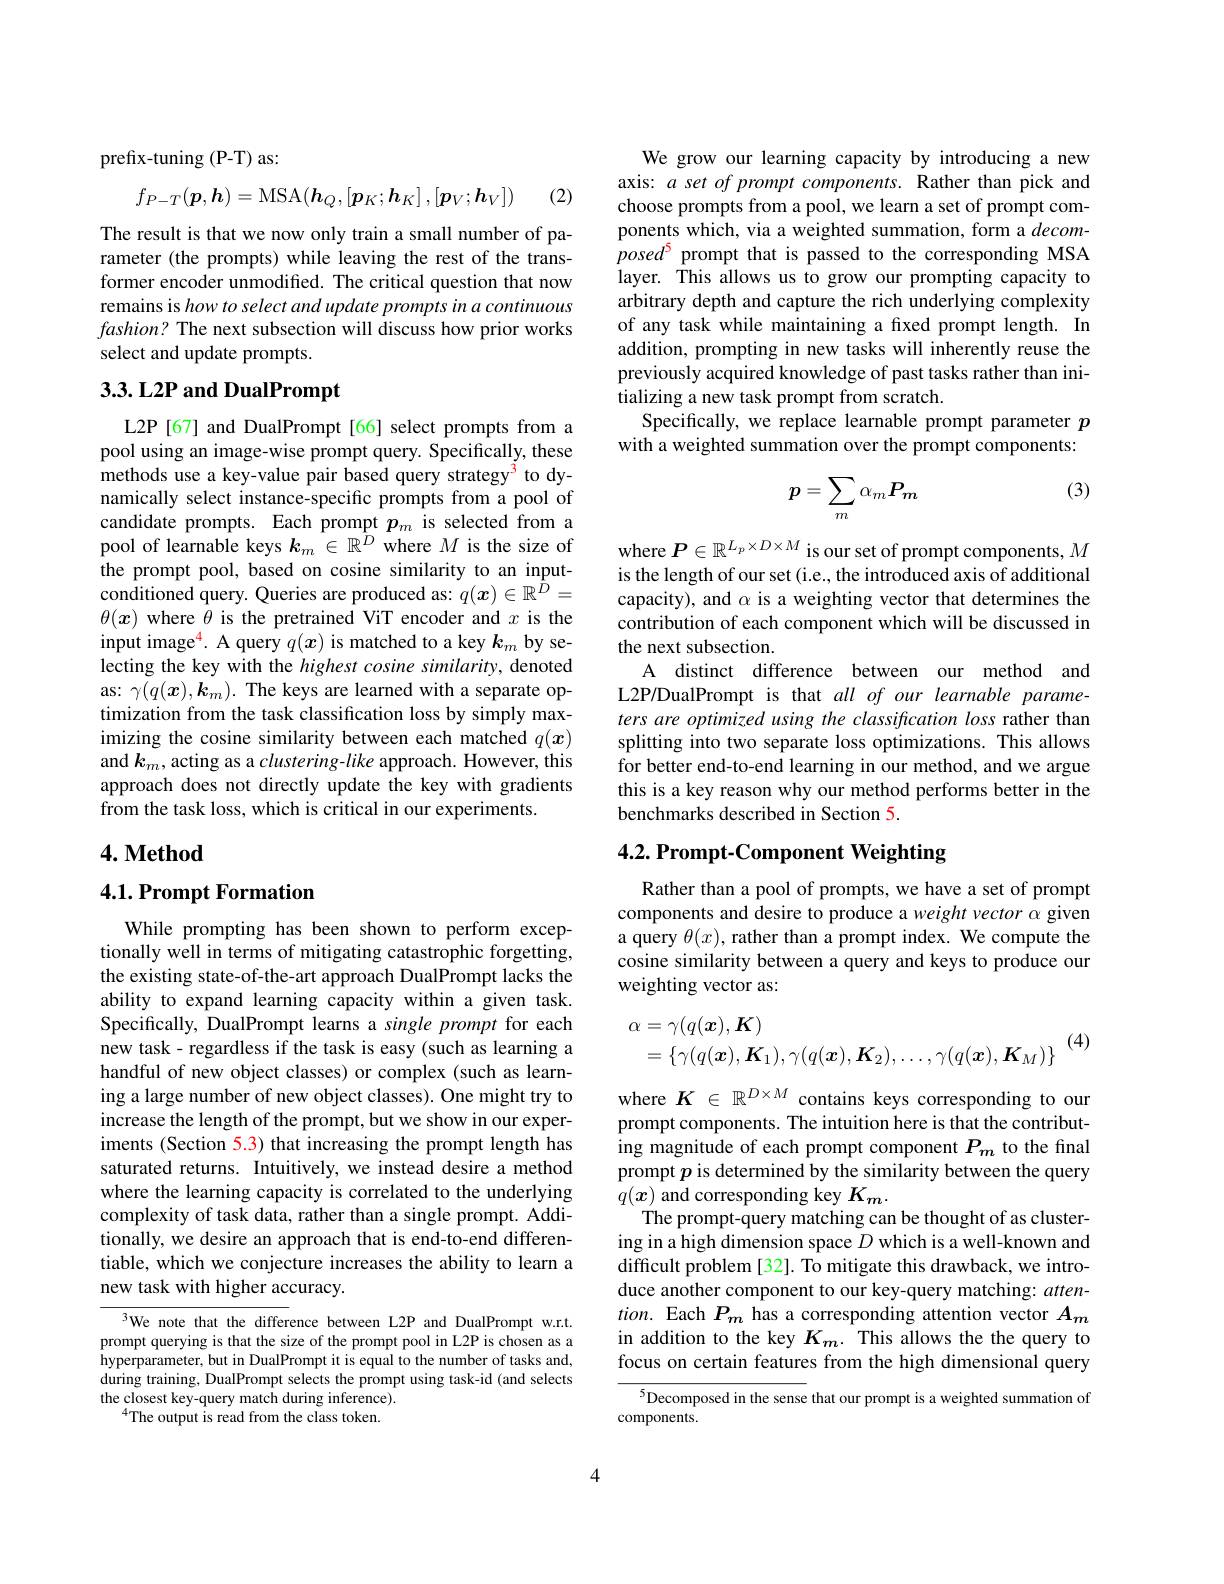
prefix-tuning (P-T) as:

(2)
$$f_{P-T}(\boldsymbol{p},\boldsymbol{h})=\mathrm{MSA}(\boldsymbol{h}_Q,[\boldsymbol{p}_K;\boldsymbol{h}_K]\:,[\boldsymbol{p}_V;\boldsymbol{h}_V])$$
The result is that we now only train a small number of parameter (the prompts) while leaving the rest of the transformer encoder unmodified. The critical question that now remains is how to select and update prompts in a continuous $fashion?$ The next subsection will discuss how prior works select and update prompts.

## 3.3. L2P and DualPrompt

L2P [67] and DualPrompt [66] select prompts from a pool using an image-wise prompt query. Specifically, these methods use a key-value pair based query strategy$^{\color{red}3}$ to dynamically select instance-specific prompts from a pool of candidate prompts. Each prompt $p_m$ is selected from a pool of learnable keys $k_m\in\mathbb{R}^D$ where $M$ is the size of the prompt pool, based on cosine similarity to an inputconditioned query. Queries are produced as: $q(x)\in\mathbb{R}^{\hat{D}}=$ $\theta(x)$ where $\theta$ is the pretrained ViT encoder and $x$ is the input image$^{\color{red}{4}.\text{ A query }q(\boldsymbol{x})\text{ is matched to a key }\boldsymbol{k}_m}$ by selecting the key with the highest cosine similarity, denoted as: $\gamma(q(\boldsymbol{x}),\boldsymbol{k}_m).$ The keys are learned with a separate optimization from the task classification loss by simply maximizing the cosine similarity between each matched $q(\boldsymbol{x})$ and $k_m$, acting as a clustering-like approach. However, this approach does not directly update the key with gradients from the task loss, which is critical in our experiments

## $4. \textbf{Method}$

## 4.1. Prompt Formation

While prompting has been shown to perform exceptionally well in terms of mitigating catastrophic forgetting, the existing state-of-the-art approach DualPrompt lacks the ability to expand learning capacity within a given task. Specifically, DualPrompt learns a single prompt for each new task - regardless if the task is easy (such as learning a handful of new object classes) or complex (such as learning a large number of new object classes). One might try to increase the length of the prompt, but we show in our experiments (Section 5.3) that increasing the prompt length has saturated returns. Intuitively, we instead desire a method where the learning capacity is correlated to the underlying complexity of task data, rather than a single prompt. Additionally, we desire an approach that is end-to-end differentiable, which we conjecture increases the ability to learn a new task with higher accuracy.

3We note that the difference between L2P and DualPrompt w.r.t. prompt querying is that the size of the prompt pool in L2P is chosen as a hyperparameter, but in DualPrompt it is equal to the number of tasks and, during training, DualPrompt selects the prompt using task-id (and selects the closest key-query match during inference).
$^{4}$The output is read from the class token.

We grow our learning capacity by introducing a new axis: $a$ set of prompt components. Rather than pick and choose prompts from a pool, we learn a set of prompt components which, via a weighted summation, form a $decom-$ $posed^5$ prompt that is passed to the corresponding MSA layer. This allows us to grow our prompting capacity to arbitrary depth and capture the rich underlying complexity of any task while maintaining a fixed prompt length. In addition, prompting in new tasks will inherently reuse the previously acquired knowledge of past tasks rather than initializing a new task prompt from scratch.
Specifically, we replace learnable prompt parameter $p$ with a weighted summation over the prompt components:

(3)
$$p=\sum_m\alpha_mP_m$$
where $\boldsymbol{P}\in\mathbb{R}^{L_p\times D\times M}$ is our set of prompt components, $M$ is the length of our set (i.e., the introduced axis of additional capacity), and $\alpha$ is a weighting vector that determines the contribution of each component which will be discussed in the next subsection.
A distinct difference between our method and L2P/DualPrompt is that $all\textit{of our learnable parame- }$ ters are optimized using the classification loss rather than splitting into two separate loss optimizations. This allows for better end-to-end learning in our method, and we argue this is a key reason why our method performs better in the benchmarks described in Section 5.

## 4.2. Prompt-Component Weighting

Rather than a pool of prompts, we have a set of prompt components and desire to produce a weight vector $\alpha$ given a query $\theta(x)$, rather than a prompt index. We compute the cosine similarity between a query and keys to produce our weighting vector as:
$$\begin{aligned}\alpha&=\gamma(q(\boldsymbol{x}),\boldsymbol{K})\\&=\{\gamma(q(\boldsymbol{x}),\boldsymbol{K}_{1}),\gamma(q(\boldsymbol{x}),\boldsymbol{K}_{2}),\ldots,\gamma(q(\boldsymbol{x}),\boldsymbol{K}_{M})\}\end{aligned}$$
where $K\in\mathbb{R}^{D\times M}$ contains keys corresponding to our prompt components. The intuition here is that the contributing magnitude of each prompt component $P_m$ to the final prompt $p$ is determined by the similarity between the query $q(x)$ and corresponding key $K_m.$
The prompt-query matching can be thought of as clustering in a high dimension space $D$ which is a well-known and difficult problem [32]. To mitigate this drawback, we introduce another component to our key-query matching: atten- $tion.$ Each $P_m$ has a corresponding attention vector $A_m$ in addition to the key $K_m.$ This allows the the query to focus on certain features from the high dimensional query

${^{5}\text{Decomposed in the sense}}$ that our prompt is a weighted summation of
components.

4